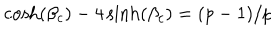
\cosh ( \beta _ { c } ) - 4 \sinh ( \beta _ { c } ) = ( p - 1 ) / p